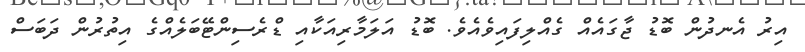
އިރު އެނދުން ބޮޑު ޖާގައެއް ގެއްލިފައިވެއެވެ. ބޮޑު އަލަމާރިއަކާއި ޑްރެސިންޓޭބަލެއްގެ އިތުރުން ދަބަސް